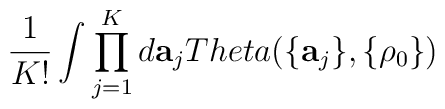
\frac{1}{K!} \int \prod_{j=1}^{K} d{\bf a}_j\\Theta(\{{\bf a}_j\},\{\rho_0\})